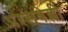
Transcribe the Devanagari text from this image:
अरसवेल्ली